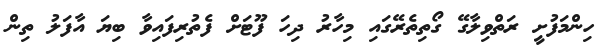
ހިންމަފުށީ ރަތްވިލާގޭ ގޯތިތެރޭގައި މިހާރު ދިހަ ފޫޓަށް ފެތުރިފައިވާ ބިޔަ އާފަލު ތިން